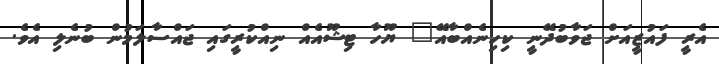
އެރީ ފައުޒީއަށް ޖަވާބުދޭނީ ކިހިނެއްބާއޭ" ޔޫހާ ޓިޝޫއެއް ނިއްކުރީގައި ޖައްސާލަމުން ބުނެލި އެވެ.